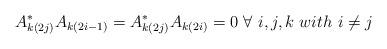
LaTeX: \begin{align*} A_{k(2j)}^*A_{k(2i-1)} = A_{k(2j)}^*A_{k(2i)} = 0 \ \forall \ i,j,k \ with \ i \neq j \end{align*}